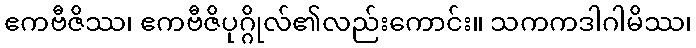
ဧကဗီဇိဿ၊ ဧကဗီဇိပုဂ္ဂိုလ်၏လည်းကောင်း။ သကကဒါဂါမိဿ၊